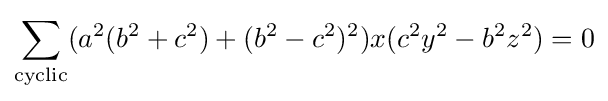
\sum _{\text{cyclic}}(a^{2}(b^{2}+c^{2})+(b^{2}-c^{2})^{2})x(c^{2}y^{2}-b^{2}z^{2})=0